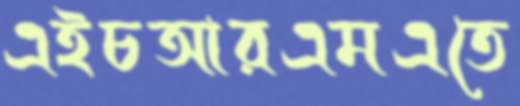
এইচআরএমএতে